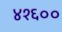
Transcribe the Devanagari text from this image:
४१६००